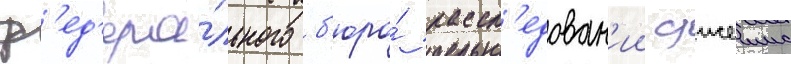
ф'ед'ера́льного б'юро́ рассл'едован'ии джеимс